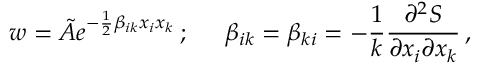
w = { \tilde { A } } e ^ { - { \frac { 1 } { 2 } } \beta _ { i k } x _ { i } x _ { k } } \, ; \; \; \; \; \ \beta _ { i k } = \beta _ { k i } = - { \frac { 1 } { k } } { \frac { \partial ^ { 2 } S } { \partial x _ { i } \partial x _ { k } } } \, ,